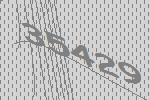
35429